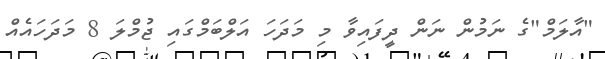
"އާލަމް"ގެ ނަމުން ނަން ދީފައިވާ މި މަދަހަ އަލްބަމްގައި ޖުމްލަ 8 މަދަހައެއް